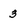
Character: 3